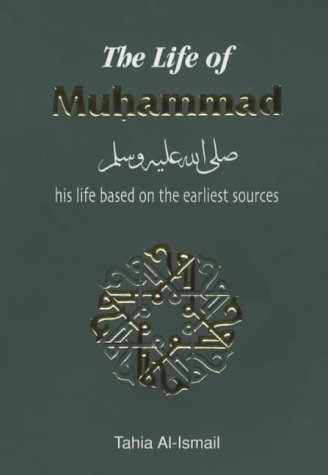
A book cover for The Life of Muhammad (Hadith & Seerah); Tahia Al-Ismail; Religion & Spirituality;